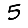
Digit: 5